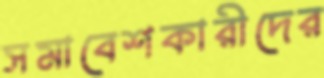
সমাবেশকারীদের